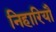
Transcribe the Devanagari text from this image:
निहारियौ